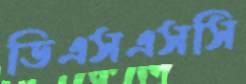
ডিএসএসসি